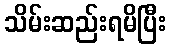
သိမ်းဆည်းရမိပြီး